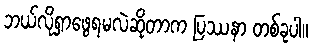
ဘယ်လိုရှာဖွေရမလဲဆိုတာက ပြဿနာ တစ်ခုပါ။